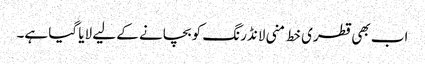
اب بھی قطری خط منی لانڈرنگ کو بچانے کے لیے لایا گیا ہے۔